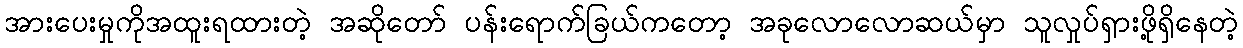
အားပေးမှုကိုအထူးရထားတဲ့ အဆိုတော် ပန်းရောက်ခြယ်ကတော့ အခုလောလောဆယ်မှာ သူလှုပ်ရှားဖို့ရှိနေတဲ့